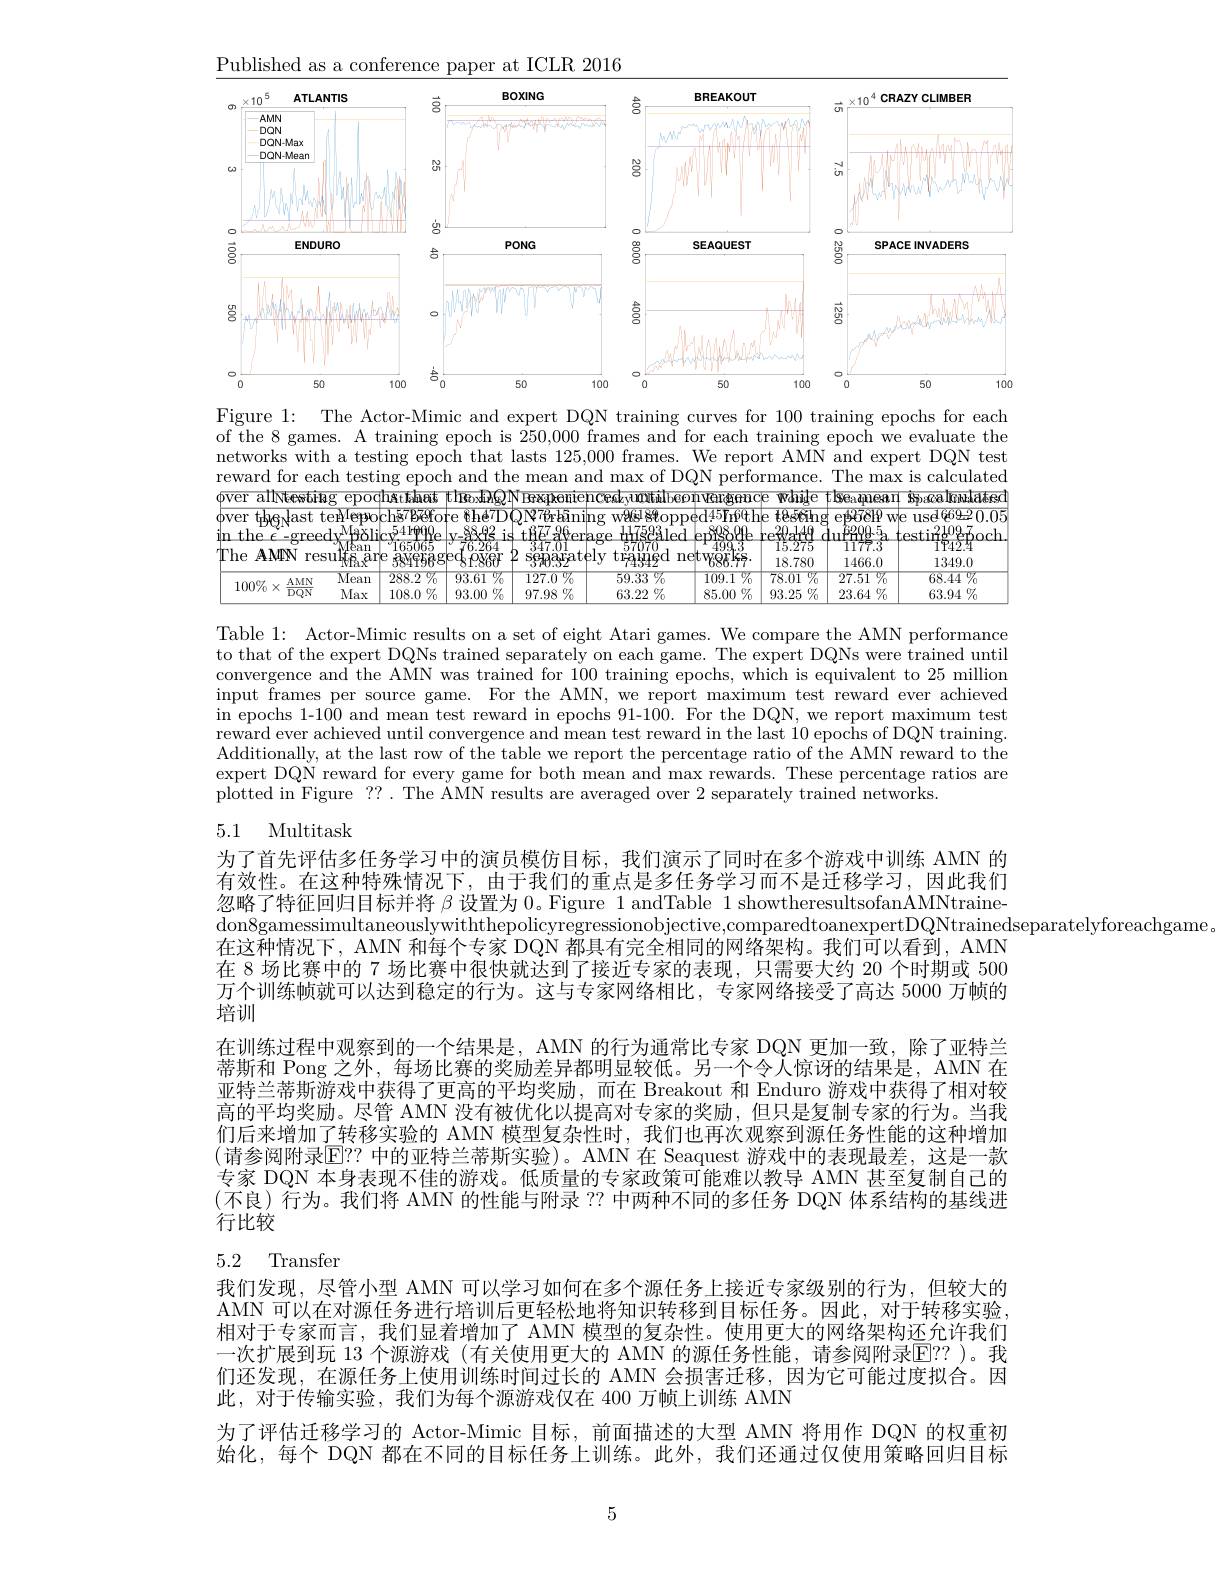
Published as a conference paper at ICLR 2016
<FigureHere>

Figure 1: The Actor-Mimic and expert DQN training curves for 100 training epochs for each of the 8 games. A training epoch is 250,000 frames and for each training epoch we evaluate the networks with a testing epoch that lasts 125,000 frames. We report AMN and expert DQN test reward for each testing epoch and the mean and max of DQN performance. The max is calculated $\textcircled{\text{over alNtesting epodustăhat tine}}$dikabat tine.GhQN Iexpeniencealyu$\textbf{mtilbeonvergence wahije t' seaqmean sp}$aaloulatesd $\begin{array}{l|l|l|l|l|l|l|l|l|l|l|l}\text{over thgkast tenleppochs7 Before the"DQY6rkining wøds 884 opped-45160the tbes61ng eq67819 we usedé63=0.0.05in the \epsilon-greedy^\mathrm{NM\delta licy_{1624}^{541/\boldsymbol{\varphi}}(\mathbf{\theta}\mathbf{\theta}\mathbf{\theta}\mathbf{\theta}\mathbf{\theta}\mathbf{\theta}\mathbf{x}^{541/\boldsymbol{\varphi}}\mathbf{\theta}\mathbf{\theta}\mathbf{\theta}\mathbf{\theta}\mathbf{e}\mathbf{y}^{54/\boldsymbol{\theta}}\mathbf{\theta}\mathbf{\theta}\mathbf{\theta}\mathbf{\theta}\mathbf{e}$
$\underline{1349.0}$
$\begin{array}{|c|c|c|c}{\mathrm{etwggrks.}}&{18.780}&{1466.0}\\\hline{109.1~\%}&{78.01~\%}&{27.51~\%}\end{array}$
$\begin{array}{r|r|r|r|r|r|r|r|r}\hline100\%\times\frac{\mathrm{AMN}}{\mathrm{DQN}}&&\mathrm{Mean}&288.2\%&93.61\%&127.0\%&59.33\%\\&\mathrm{Max}&108.0\%&93.00\%&97.98\%\end{array}$
$\begin{array}{l}{68.44\not\%}\\{63.94\not\%}\\{}\end{array}$
$\underline{63.22\%}$
$\begin{array}{c|c|c|c}85.00\%&93.25\%&23.64&\%\\\hline\end{array}$

Table 1: Actor-Mimic results on a set of eight Atari games. We compare the AMN performance to that of the expert DQNs trained separately on each game. The expert DQNs were trained until convergence and the AMN was trained for 100 training epochs, which is equivalent to 25 million input frames per source game. For the AMN, we report maximum test reward ever achieved in epochs 1-100 and mean test reward in epochs 91-100. For the DQN, we report maximum test $\hat{\text{reward ever achieved until convergence and mean test reward in the last 10 epochs of DQN training.}}$ Additionally, at the last row of the table we report the percentage ratio of the AMN reward to the expert DQN reward for every game for both mean and max rewards. These percentage ratios are plotted in Figure ??. The AMN results are averaged over 2 separately trained networks.

## 5.1 Multitask

为了首先评估多任务学习中的演员模仿目标，我们演示了同时在多个游戏中训练 AMN 的有效性。在这种特殊情况下，由于我们的重点是多任务学习而不是迁移学习，因此我们忽略了特征回归目标并将$\beta$设置为 0。Figure 1 andTable 1 showtheresultsofanAMNtrainedon8gamessimultaneouslywiththepolicyregressionobjective,comparedtoanexpertDQNtrainedseparatelyforeachgame。
$\bar{\text{在这种情况下，AMN 和每个专家 DQN 都具有完全相同的网络架构。我们可以看到，AMN}}$ 在 8 场比赛中的 7 场比赛中很快就达到了接近专家的表现，只需要大约 20 个时期或 500万个训练帧就可以达到稳定的行为。这与专家网络相比，专家网络接受了高达 5000 万帧的培训
在训练过程中观察到的一个结果是，AMN 的行为通常比专家 DQN 更加一致，除了亚特兰蒂斯和 Pong 之外，每场比赛的奖励差异都明显较低。另一个令$\dot{\text{人惊讶的结果是，AMN 在}}$ 亚特兰蒂斯游戏中获得了更高的平均奖励，而在 Breakout 和 Enduro 游戏中获得了相对较高的平均奖励。尽管 AMN 没有被优化以提高对专家的奖励，但只是复制专家的行为。当我们后来增加了转移实验的 AMN 模型复杂性时，我们也再次观察到源任务性能的这种增加(请参阅附录$\overline{\mathrm{E}}??$ 中的亚特兰蒂斯实验)。AMN 在 Seaquest 游戏中的表现最差，这是一款专家 DQN 本身表现不佳的游戏。低质量的专家政策可能难以教导 AMN 甚至复制自己的(不良)行为。我们将 AMN 的性能与附录 ?? 中两种不同的多任务 DQN 体系结构的基线进行比较

## 5.2 Transfer

我们发现，尽管小型 AMN 可以学习如何在多个源任务上接近专家级别的行为，但较大的AMN 可以在对源任务进行培训后更轻松地将知识转移到目标任务。因此，对于转移实验， 相对于专家而言，我们显着增加了 AMN 模型的复杂性。使用更大的网络架构还允许我们一次扩展到玩 13 个源游戏 (有关使用更大的 AMN 的源任务性能，请参阅附录E？? )。我们还发现，在源任务上使用训练时间过长的 AMN 会损害迁移，因为它可能过度拟合。因此，对于传输实验，我们为每个源游戏仅在 400 万帧上训练 AMN
为了评估迁移学习的 Actor-Mimic 目标，前面描述的大型 AMN 将用作 DQN 的权重初始化，每个 DQN 都在不同的目标任务上训练。此外，我们还通过仅使用策略回归目标

5